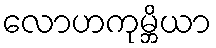
လောဟကုမ္ဘိယာ